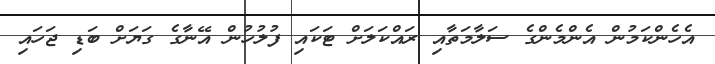
އެހެންކަމުން އެންމެންގެ ސަލާމަތާއި ރައްކަލަށް ޓަކައި ފުލުހުން އޭނާގެ ގަޔަށް ބަޑި ޖަހައި